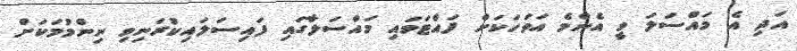
އަދި އެ މައްސަލަ ވީ އެންމެ އަވަހަކަށް ފައްޓަވައި މައްސަލާގައި ފައިސަލައިކުރަނިވި ނިންމުމަކަށް